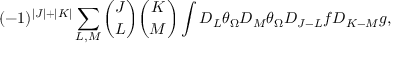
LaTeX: ( - 1 ) ^ { | J | + | K | } \sum _ { L , M } { \binom { J } { L } } { \binom { K } { M } } \int D _ { L } \theta _ { \Omega } D _ { M } \theta _ { \Omega } D _ { J - L } f D _ { K - M } g ,